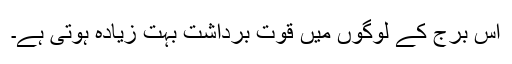
اس برج کے لوگوں میں قوت برداشت بہت زیادہ ہوتی ہے۔